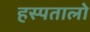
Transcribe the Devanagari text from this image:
हस्पतालो